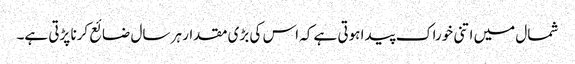
شمال میں اتنی خوراک پیدا ہوتی ہے کہ اس کی بڑی مقدار ہر سال ضائع کرنا پڑتی ہے۔